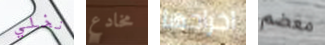
نخلي مخادع اخراجها معضم